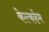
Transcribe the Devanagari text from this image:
केल्कहेम